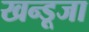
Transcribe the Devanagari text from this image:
खन्डूजा